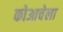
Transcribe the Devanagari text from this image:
कोआचेला